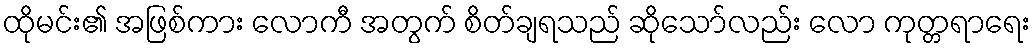
ထိုမင်း၏ အဖြစ်ကား လောကီ အတွက် စိတ်ချရသည် ဆိုသော်လည်း လော ကုတ္တရာရေး